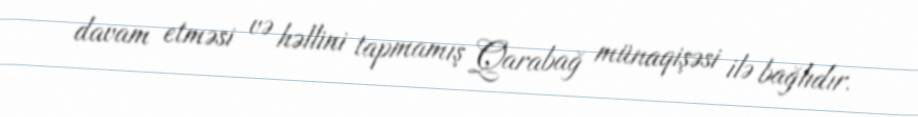
davam etməsi və həllini tapmamış Qarabağ münaqişəsi ilə bağlıdır.